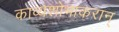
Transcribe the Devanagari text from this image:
काव्यशोभाकरान्